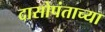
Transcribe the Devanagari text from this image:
दासोपंताच्या